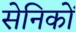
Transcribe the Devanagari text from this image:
सेनिकों